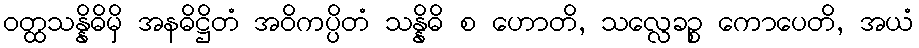
ဝတ္ထသန္နိဓိမှိ အနဓိဋ္ဌိတံ အဝိကပ္ပိတံ သန္နိဓိ စ ဟောတိ, သလ္လေခဉ္စ ကောပေတိ, အယံ